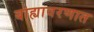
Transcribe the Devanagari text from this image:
बाह्यावरणात